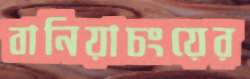
বানিয়াচংয়ের